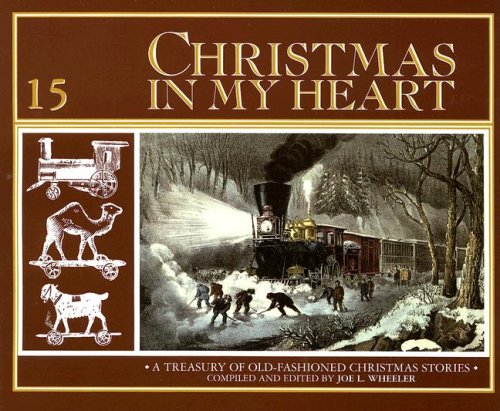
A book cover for Christmas in My Heart Book 15; Christian Books & Bibles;